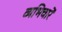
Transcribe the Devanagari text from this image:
व्यभिचारें